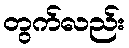
တွက်လည်း